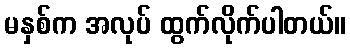
မနှစ်က အလုပ် ထွက်လိုက်ပါတယ်။